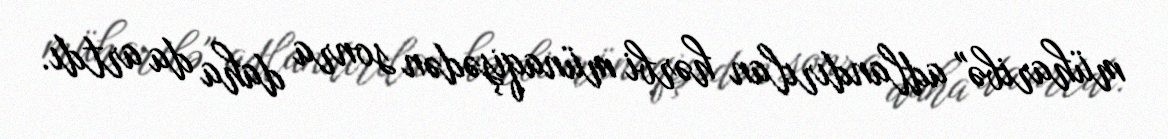
müharibə" adlandırılan hərbi münaqişədən sonra daha da artdı.